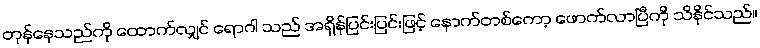
တုန်နေသည်ကို ထောက်လျှင် ရောဂါ သည် အရှိန်ပြင်းပြင်းဖြင့် နောက်တစ်ကော့ ဖောက်လာပြီကို သိနိုင်သည်။